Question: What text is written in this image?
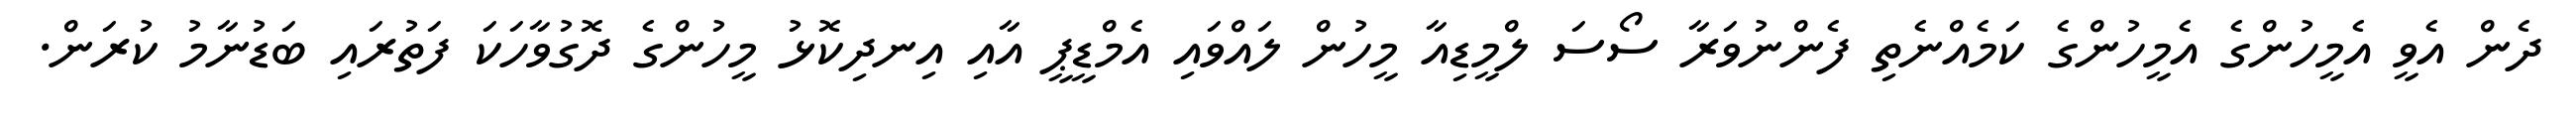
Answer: ދެން އެވީ އެމީހުންގެ އެމީހުންގެ ކަމެއްނެތި ފެންނުވަރާ ސޯސަ ލްމީޑިއާ މީހުން ލައްވައި އެމްޑީޕީ އާއި އިނދިކޮޅު މީހުންގެ ދޮގުވާހަކަ ފަތުރައި ބަޑުނާމު ކުރަން.